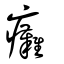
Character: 癱